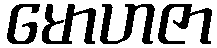
မောဟဇာ